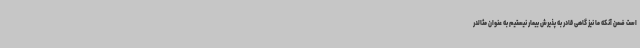
است ضمن آنکه ما نیز گاهی قادر به پذیرش بیمار نیستیم به عنوان مثالدر